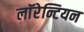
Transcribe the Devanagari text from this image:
लाॅरेन्टियन